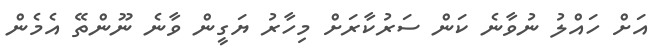
އަށް ހައްލު ނުވާނެ ކަން ސަރުކާރަށް މިހާރު ޔަގީން ވާނެ ނޫންތޭ އެމެން